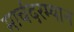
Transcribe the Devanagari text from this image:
मार्चदरम्यान